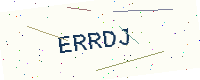
Text: ERRDJ